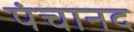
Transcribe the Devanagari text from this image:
पंचानद